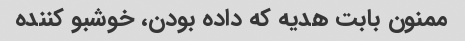
ممنون بابت هدیه که داده بودن، خوشبو کننده